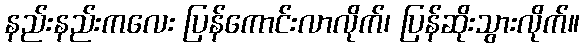
နည်းနည်းကလေး ပြန်ကောင်းလာလိုက်၊ ပြန်ဆိုးသွားလိုက်။